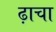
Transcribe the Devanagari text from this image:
ढ़ाचा